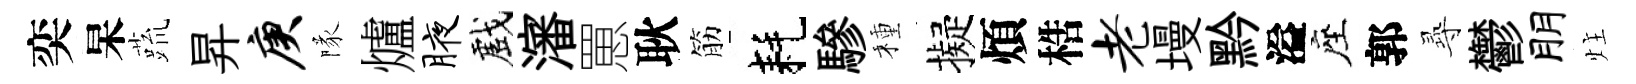
奕杲蔬昇庚隊爐腋戲瀋罳耿筋耗驂種擬煩梏老墁黔溢座郭𡬶鬱朋炷